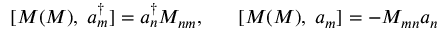
[ { \cal M } ( M ) , \; a _ { m } ^ { \dagger } ] = a _ { n } ^ { \dagger } M _ { n m } , \; \; \; \; \; \; [ { \cal M } ( M ) , \; a _ { m } ] = - M _ { m n } a _ { n }